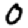
Digit: 0